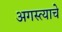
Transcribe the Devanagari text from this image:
अगस्त्याचे